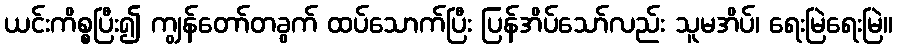
ယင်းကိစ္စပြီး၍ ကျွန်တော်တခွက် ထပ်သောက်ပြီး ပြန်အိပ်သော်လည်း သူမအိပ်၊ ရေးမြဲရေးမြဲ။